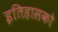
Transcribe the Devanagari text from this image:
इतिहासको